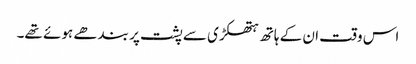
اس وقت ان کے ہاتھ ہتھکڑی سے پشت پر بندھے ہوئے تھے۔